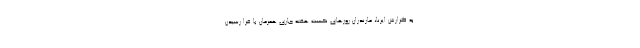
به گزارش ایرنا، مازندران روزهای نخست هفته جاری همزمان با فرا رسیدن